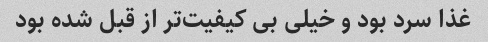
غذا سرد بود و خیلی بی کیفیت‌تر از قبل شده بود